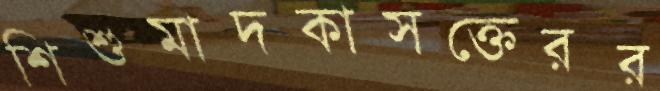
শিশুমাদকাসক্তেরর